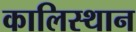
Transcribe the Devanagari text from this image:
कालिस्थान